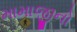
મામાજીનો